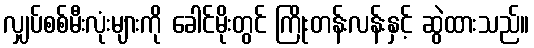
လျှပ်စစ်မီးလုံးများကို ခေါင်မိုးတွင် ကြိုးတန်းလန်းနှင့် ဆွဲထားသည်။